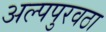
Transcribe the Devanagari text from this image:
अल्पपुरवठा